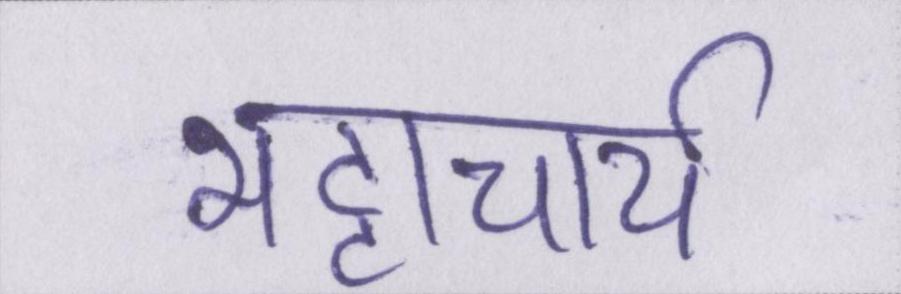
भट्टाचार्य